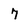
Character: 7